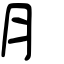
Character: ⺼